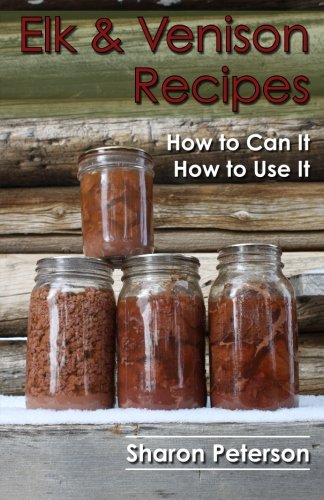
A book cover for Elk and Venison Recipes: How to Can it; How to Use it; Sharon Peterson; Cookbooks, Food & Wine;